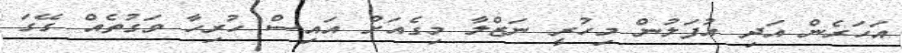
އަހަރެން އަދި އުފަލުން މިހުރީ ނަޒްލާ މިގެއަށް އައިސް ހުރިހާ ވަގުތެއް ގޭގަ